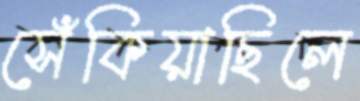
সেঁকিয়াছিলে